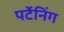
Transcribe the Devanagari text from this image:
पर्टेनिंग